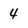
Character: 4